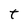
Character: t